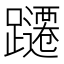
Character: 躚